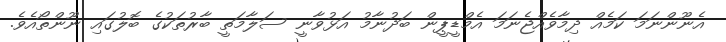
އެނޫންނަމަ ކަމެއް ދިމާވެއްޖެނަމަ އެމްޑީޕީން ބަދުނާމު އަޅުވާނީ ސަލާމަތީ ބާރުތަކުގެ ބޮލުގައި ނޫންތޯއެވެ.